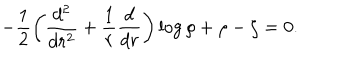
- \frac 1 2 \left( \frac { d ^ { 2 } } { d r ^ { 2 } } + \frac 1 r \frac d { d r } \right) \log \rho + \rho - \zeta = 0 .